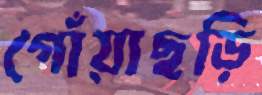
গোঁয়াছড়ি